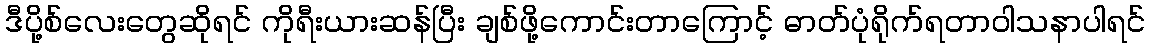
ဒီပို့စ်လေးတွေဆိုရင် ကိုရီးယားဆန်ပြီး ချစ်ဖို့ကောင်းတာကြောင့် ဓာတ်ပုံရိုက်ရတာဝါသနာပါရင်